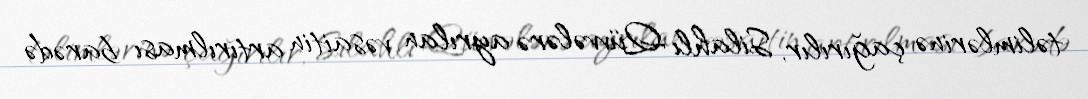
təlimlərinə çağırılır, Silahlı Qüvvələrə ayrılan vəsaitin artırılması barədə